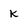
Character: K